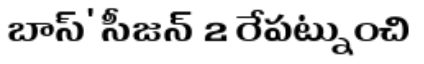
బాస్' సీజన్ 2 రేపట్నుంచి